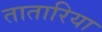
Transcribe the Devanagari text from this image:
तातारिया